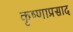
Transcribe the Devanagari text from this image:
कृष्णाप्रसाद